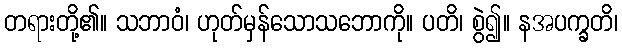
တရားတို့၏။ သဘာဝံ၊ ဟုတ်မှန်သောသဘောကို။ ပတိ၊ စွဲ၍။ နအပက္ခတိ၊